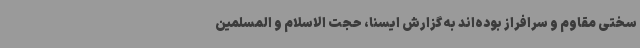
سختی مقاوم و سرافراز بوده‌اند به گزارش ایسنا، حجت الاسلام و المسلمین